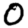
Digit: 0